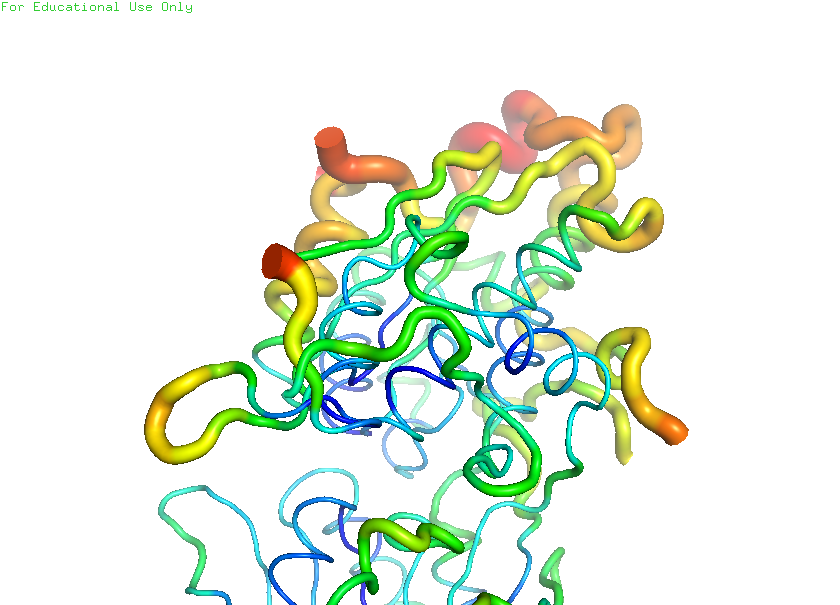
pymol, preset, b_factor_putty